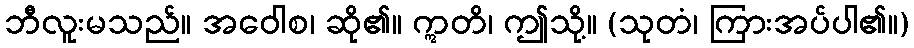
ဘီလူးမသည်။ အဝေါစ၊ ဆို၏။ ဣတိ၊ ဤသို့။ (သုတံ၊ ကြားအပ်ပါ၏။)